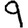
Digit: 9